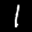
Label: 1